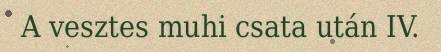
A vesztes muhi csata után IV.